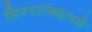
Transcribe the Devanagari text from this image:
चित्रपटांबद्दलचे